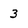
Character: 3